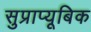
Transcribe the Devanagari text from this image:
सुप्राप्यूबिक